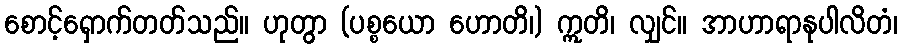
စောင့်ရှောက်တတ်သည်။ ဟုတွာ (ပစ္စယော ဟောတိ၊) ဣတိ၊ လျှင်။ အာဟာရာနုပါလိတံ၊